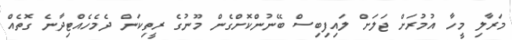
މަރާލި މީހާ އުމުރަށް ޖަލަށް ލައިފިބިސް ބޭނުންކޮށްގެން މޫނުގެ ރީތިކަން ދެމެހެއްޓިދާނެ ގޮތެއް